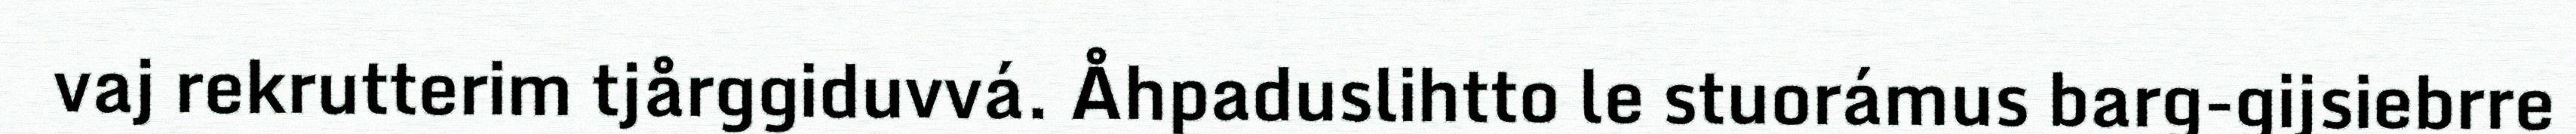
vaj rekrutterim tjårggiduvvá. Åhpaduslihtto le stuorámus barg-gijsiebrre